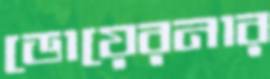
ডোয়েরনার